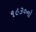
૧૯૩૦નો